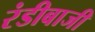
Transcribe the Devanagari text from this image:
रंडीबाजी